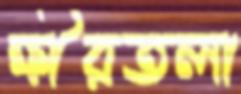
ক্ষীরতলা